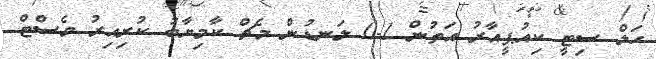
ހަލް ސިޓީ ކިއުޕީއާރު އަތުން 1-0 ލަނޑުން މެޗް ކާމިޔާބު ކުރިއިރު ވެސްޓް